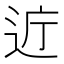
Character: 𫐤